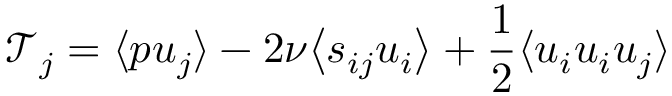
\mathcal { T } _ { j } = \langle p u _ { j } \rangle - 2 \nu \bigl \langle s _ { i j } u _ { i } \bigr \rangle + \frac { 1 } { 2 } \langle u _ { i } u _ { i } u _ { j } \rangle